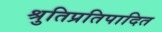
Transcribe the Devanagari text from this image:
श्रुतिप्रतिपादित